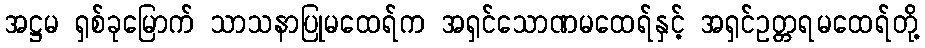
အဋ္ဌမ ရှစ်ခုမြောက် သာသနာပြုမထေရ်က အရှင်သောဏမထေရ်နှင့် အရှင်ဥတ္တရမထေရ်တို့